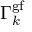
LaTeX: \Gamma _ { k } ^ { \mathrm { g f } }